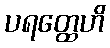
ပရတ္ထေဟိ